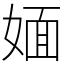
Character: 媔